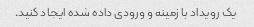
یک رویداد با زمینه و ورودی داده شده ایجاد کنید.